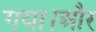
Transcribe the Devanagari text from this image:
गया।और